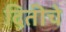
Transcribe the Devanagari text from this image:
दितीचे